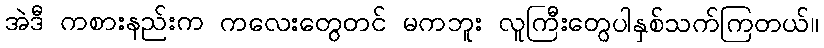
အဲဒီ ကစားနည်းက ကလေးတွေတင် မကဘူး လူကြီးတွေပါနှစ်သက်ကြတယ်။